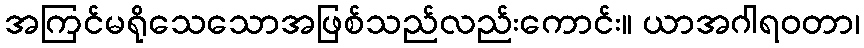
အကြင်မရိုသေသောအဖြစ်သည်လည်းကောင်း။ ယာအဂါရဝတာ၊